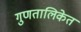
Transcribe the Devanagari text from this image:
गुणतालिकेत